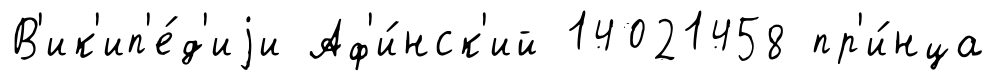
В'ик'ип'е́д'иjи Аф'и́нск'ий 14021458 пр'и́нца